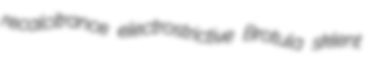
recalcitrance electrostrictive Brotula sklent